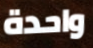
واحدة